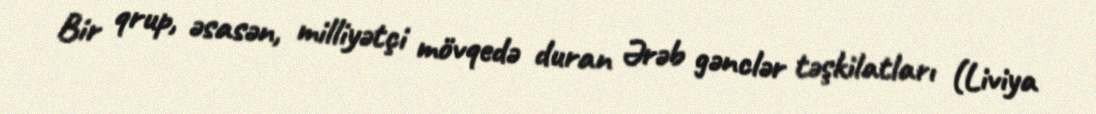
Bir qrup, əsasən, milliyətçi mövqedə duran Ərəb gənclər təşkilatları (Liviya